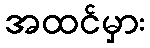
အထင်မှား